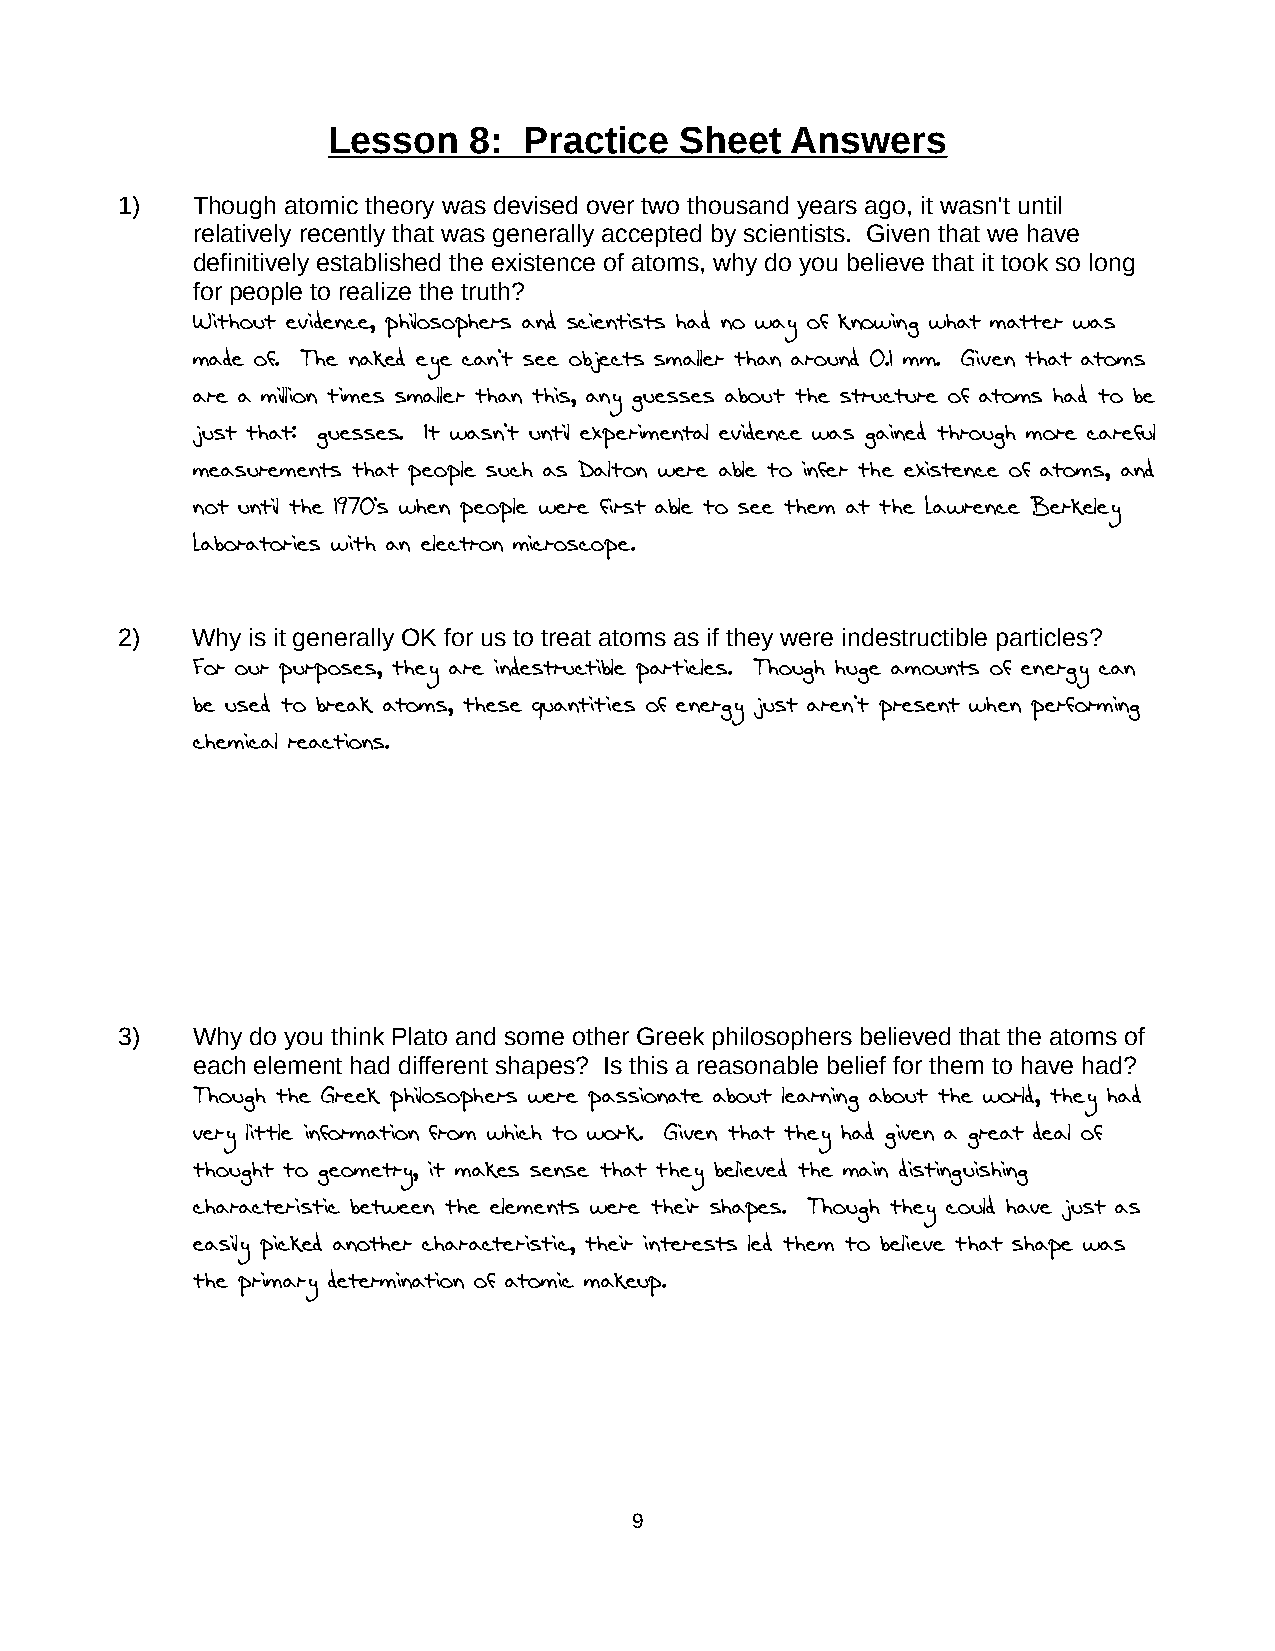
Lesson   8:  Practice  Sheet  Answers
 1)   Though atomic theory was devised over two thousand years ago, it wasn't until
 relatively recently that was generally accepted by scientists. Given that we have
 definitively established the existence of atoms, why do you believe that it took so long
 for people to realize the truth?
 Without evidence, philosophers and scientists had no way of knowing what matter was
 made of. The naked eye can't see objects smaller than around 0.1 mm. Given that atoms
 are a million times smaller than this, any guesses about the structure of atoms had to be
 just that: guesses. It wasn't until experimental evidence was gained through more careful
 measurements that people such as Dalton were able to infer the existence of atoms, and
 not until the 1970's when people were first able to see them at the Lawrence Berkeley
 Laboratories with an electron microscope.
 2)   Why is it generally OK for us to treat atoms as if they were indestructible particles?
 For our purposes, they are indestructible particles. Though huge amounts of energy can
 be used to break atoms, these quantities of energy just aren't present when performing
 chemical reactions.
 3)   Why do you think Plato and some other Greek philosophers believed that the atoms of
 each element had different shapes? Is this a reasonable belief for them to have had?
 Though the Greek philosophers were passionate about learning about the world, they had
 very little information from which to work. Given that they had given a great deal of
 thought to geometry, it makes sense that they believed the main distinguishing
 characteristic between the elements were their shapes. Though they could have just as
 easily picked another characteristic, their interests led them to believe that shape was
 the primary determination of atomic makeup.
 9